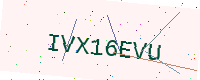
Text: IVX16EVU